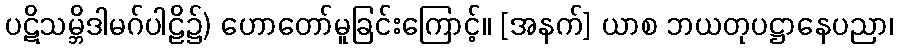
ပဋိသမ္ဘိဒါမဂ်ပါဠိ၌) ဟောတော်မူခြင်းကြောင့်။ [အနက်] ယာစ ဘယတုပဋ္ဌာနေပညာ၊